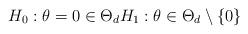
LaTeX: \begin{align*}H_0: \theta = 0 \in \Theta_{d} H_1: \theta \in \Theta_{d}\setminus \{0\}\end{align*}